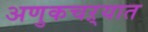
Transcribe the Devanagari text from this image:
अणुकचऱ्यात